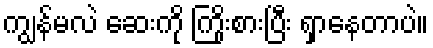
ကျွန်မလဲ ဆေးကို ကြိုးစားပြီး ရှာနေတာပဲ။